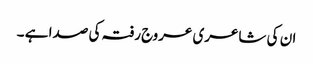
ان کی شاعری عروج رفتہ کی صدا ہے ۔